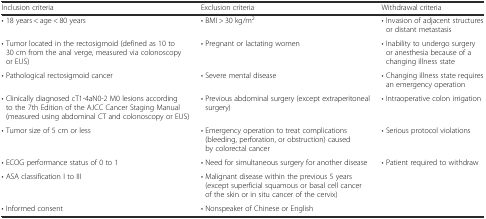
<table><thead><tr><td><b>Inclusion criteria</b></td><td><b>Exclusion criteria</b></td><td><b>Withdrawal criteria</b></td></tr></thead><tbody><tr><td>• 18 years &lt; age &lt; 80 years</td><td>• BMI &gt; 30 kg/m<sup>2</sup></td><td>• Invasion of adjacent structures or distant metastasis</td></tr><tr><td>• Tumor located in the rectosigmoid (defined as 10 to 30 cm from the anal verge, measured via colonoscopy or EUS) </td><td>• Pregnant or lactating women</td><td>• Inability to undergo surgery or anesthesia because of a changing illness state</td></tr><tr><td>• Pathological rectosigmoid cancer</td><td>• Severe mental disease</td><td>• Changing illness state requires an emergency operation</td></tr><tr><td>• Clinically diagnosed cT1-4aN0-2 M0 lesions according to the 7th Edition of the AJCC Cancer Staging Manual (measured using abdominal CT and colonoscopy or EUS)</td><td>• Previous abdominal surgery (except extraperitoneal surgery)</td><td>• Intraoperative colon irrigation</td></tr><tr><td>• Tumor size of 5 cm or less</td><td>• Emergency operation to treat complications (bleeding, perforation, or obstruction) caused by colorectal cancer</td><td>• Serious protocol violations</td></tr><tr><td>• ECOG performance status of 0 to 1</td><td>• Need for simultaneous surgery for another disease</td><td>• Patient required to withdraw</td></tr><tr><td>• ASA classification I to III</td><td>• Malignant disease within the previous 5 years (except superficial squamous or basal cell cancer of the skin or in situ cancer of the cervix)</td><td></td></tr><tr><td>• Informed consent</td><td>• Nonspeaker of Chinese or English</td><td></td></tr></tbody></table>